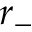
r _ { - }